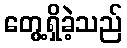
တွေ့ရှိခဲ့သည်